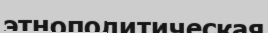
этнополитическая